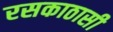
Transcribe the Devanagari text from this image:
रसकाठासी